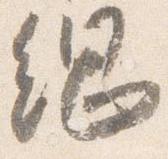
綱